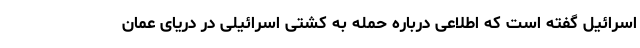
اسرائیل گفته است که اطلاعی درباره حمله به کشتی اسرائیلی در دریای عمان